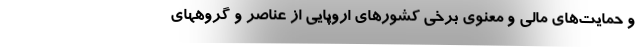
و حمایت‌های مالی و معنوی برخی‌ کشورهای اروپایی از عناصر و گروههای